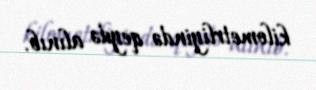
kilometrliyində qeydə alınıb.